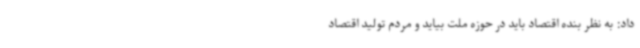
داد: به نظر بنده اقتصاد باید در حوزه ملت بیاید و مردم تولید اقتصاد